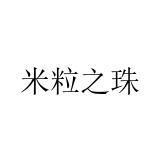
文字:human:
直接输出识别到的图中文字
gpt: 米粒之珠